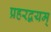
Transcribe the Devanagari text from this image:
प्रहरद्वयम्